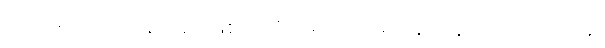
မမေ့မလျော့ကုန်သည်ဖြစ၍။ ဝိဟရိဿာမ၊ နေကုန်အံ့။ အာသဝါနံ၊